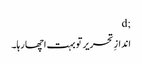
;d
اندازِ تحریر تو بہت اچھا رہا۔